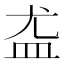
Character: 𪾊